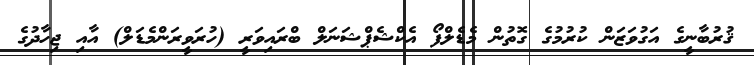
ޤުރުބާނީގެ އަގުވަޒަން ކުރުމުގެ ގޮތުން މެޑެލްފޯ އެކްޝެޕްޝަނަލް ބްރައިވަރީ (ހުރަވީރަންމެޑަލް) އާއި ޖިހާދުގެ